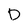
Character: D